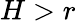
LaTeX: H>r